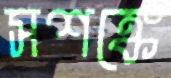
সশঙ্কে